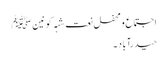
اجتماع و محفل نعت شہہ کونینﷺ
حیدرآباد ۔